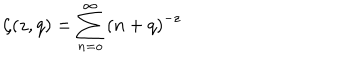
\zeta ( z , q ) = \sum _ { n = o } ^ { \infty } \left( n + q \right) ^ { - z }